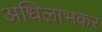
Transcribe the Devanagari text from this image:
अधिलाभकर